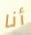
أنا